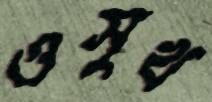
ওসুখ